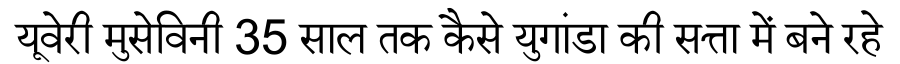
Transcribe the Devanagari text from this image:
यूवेरी मुसेविनी 35 साल तक कैसे युगांडा की सत्ता में बने रहे